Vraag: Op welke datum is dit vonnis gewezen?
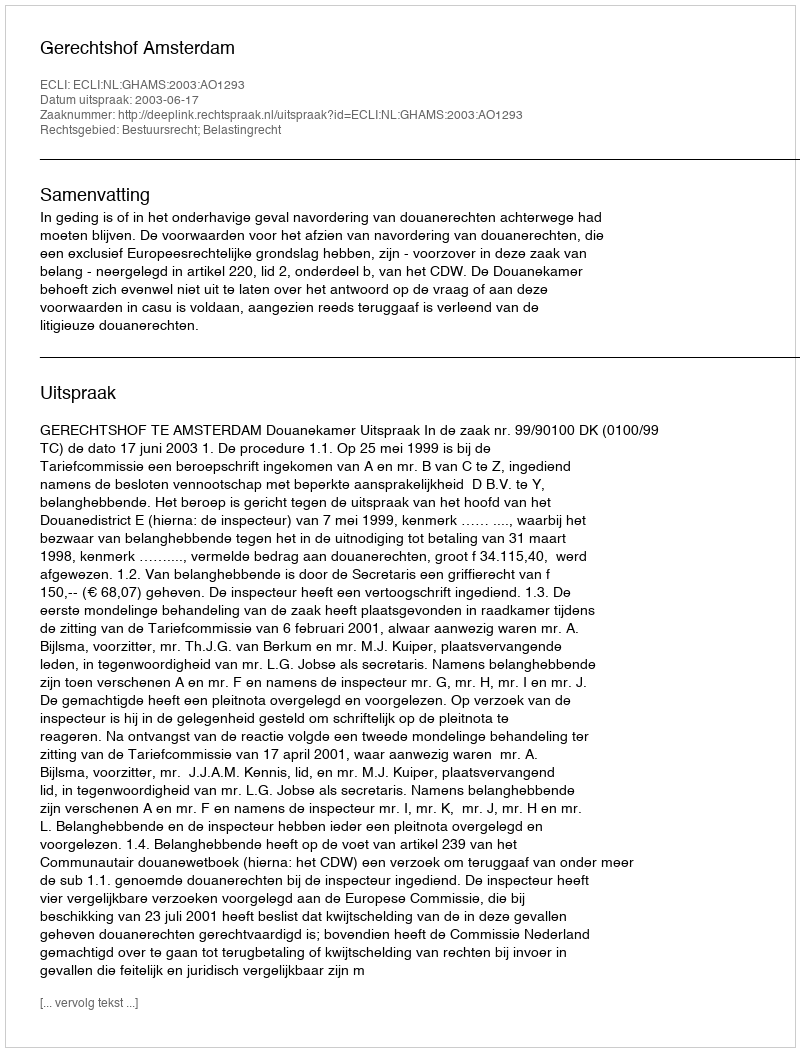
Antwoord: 2003-06-17